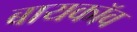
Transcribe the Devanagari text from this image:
बायकॉव